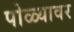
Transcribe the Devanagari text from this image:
पोळ्यावर